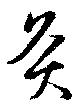
灸